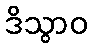
ဒိသွာဝ